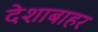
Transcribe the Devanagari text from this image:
देशाबाहर